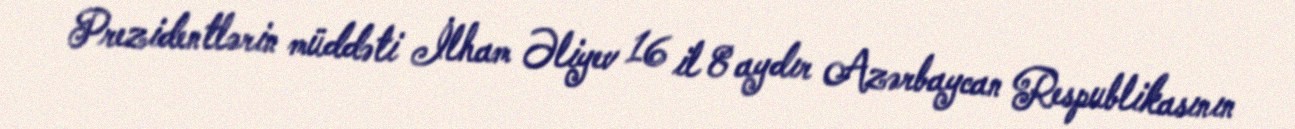
Prezidentlərin müddəti İlham Əliyev 16 il 8 aydır Azərbaycan Respublikasının